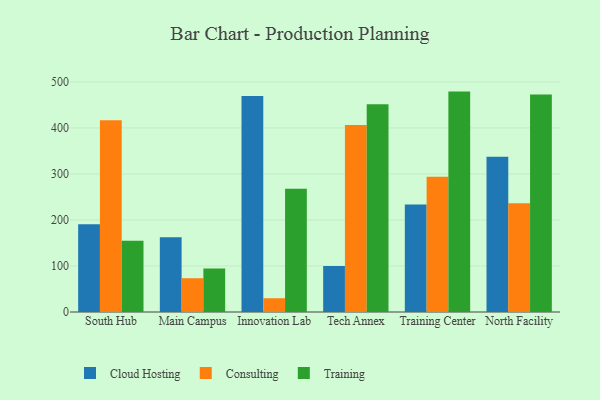
{"axis": {"x": "Campus", "y": "Conversion Rate (%)"}, "legend": ["Cloud Hosting", "Consulting", "Training"], "data": [{"x": "South Hub", "y": 190.5, "type": "Cloud Hosting"}, {"x": "South Hub", "y": 416.7, "type": "Consulting"}, {"x": "South Hub", "y": 154.7, "type": "Training"}, {"x": "Main Campus", "y": 162.5, "type": "Cloud Hosting"}, {"x": "Main Campus", "y": 73.4, "type": "Consulting"}, {"x": "Main Campus", "y": 94.4, "type": "Training"}, {"x": "Innovation Lab", "y": 469.6, "type": "Cloud Hosting"}, {"x": "Innovation Lab", "y": 29.9, "type": "Consulting"}, {"x": "Innovation Lab", "y": 267.9, "type": "Training"}, {"x": "Tech Annex", "y": 100.1, "type": "Cloud Hosting"}, {"x": "Tech Annex", "y": 406.6, "type": "Consulting"}, {"x": "Tech Annex", "y": 451.4, "type": "Training"}, {"x": "Training Center", "y": 233.5, "type": "Cloud Hosting"}, {"x": "Training Center", "y": 294.0, "type": "Consulting"}, {"x": "Training Center", "y": 479.0, "type": "Training"}, {"x": "North Facility", "y": 337.3, "type": "Cloud Hosting"}, {"x": "North Facility", "y": 236.6, "type": "Consulting"}, {"x": "North Facility", "y": 472.8, "type": "Training"}]}